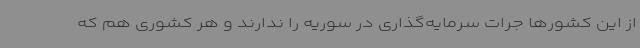
از این کشورها جرات سرمایه‌گذاری در سوریه را ندارند و هر کشوری هم که